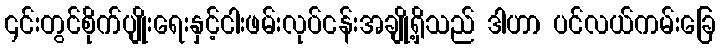
၎င်းတွင်စိုက်ပျိုးရေးနှင့်ငါးဖမ်းလုပ်ငန်းအချို့ရှိသည် ဒါဟာ ပင်လယ်ကမ်းခြေ